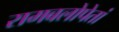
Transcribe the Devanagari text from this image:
रामबलोपेतां